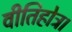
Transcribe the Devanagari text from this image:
वीतिहोत्र।